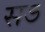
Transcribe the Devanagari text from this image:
सऽ